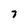
Character: 7